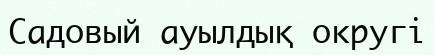
Садовый ауылдық округі